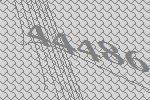
44486